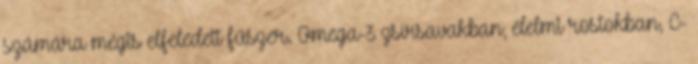
számára mégis elfeledett fűszer. Omega-3 zsírsavakban, élelmi rostokban, C-